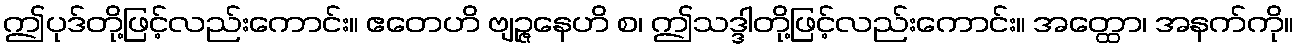
ဤပုဒ်တို့ဖြင့်လည်းကောင်း။ ဧတေဟိ ဗျဉ္ဇနေဟိ စ၊ ဤသဒ္ဒါတို့ဖြင့်လည်းကောင်း။ အတ္ထော၊ အနက်ကို။